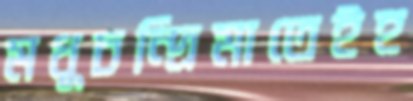
মধুচন্দ্রিমাতেইহ